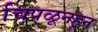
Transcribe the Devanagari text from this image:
चिपळूनहून